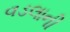
વડલાની